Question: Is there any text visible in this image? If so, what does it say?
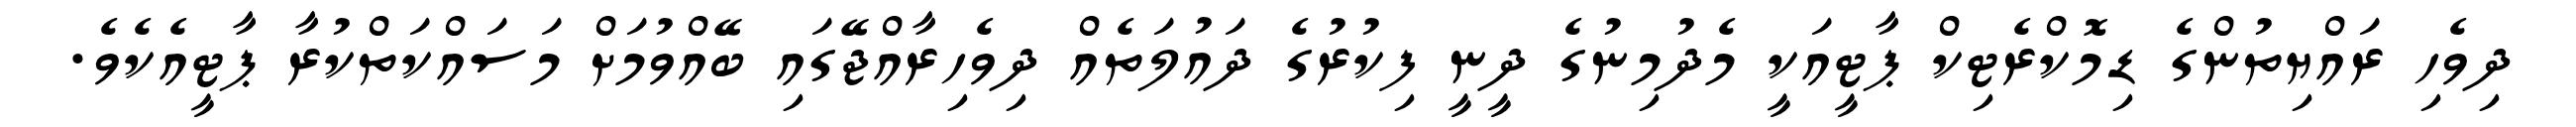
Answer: ދިވެހި ރައްޔިތުންގެ ޑިމޮކްރެޓިކް ޕާޓީއަކީ މެދުމިނުގެ ދީނީ ފިކުރުގެ ދައުލަތެއް ދިވެހިރާއްޖޭގައި ބޭއްވުމަށް މަސައްކަތްކުރާ ޕާޓީއެކެވެ.